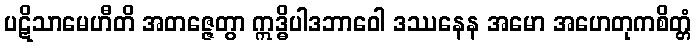
ပဋိသာမေဟီတိ အတဇ္ဇေတွာ ဣဒ္ဓိပါဒဘာဝေါ ဒဿနေန အမော အဟေတုကစိတ္တံ